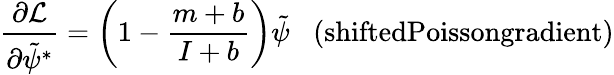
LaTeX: \frac{\partial\mathcal{L}}{\partial\tilde{\psi}^{*}}=\left(1-\frac{m+b}{I+b}\right)\tilde{\psi}\; \; \; \textrm{(shiftedPoissongradient)}